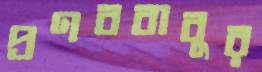
প্রণববাবুর